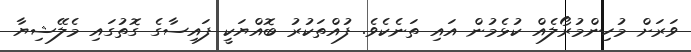
ވަރަށް މުހިންމުރޯލެއް ކުޅެމުން އައި ތަނެކެވެ. ފުއްތަކުރު ބޮއްޔަކީ ފައިސާގެ ގޮތުގައި މެލޭޝިޔާ